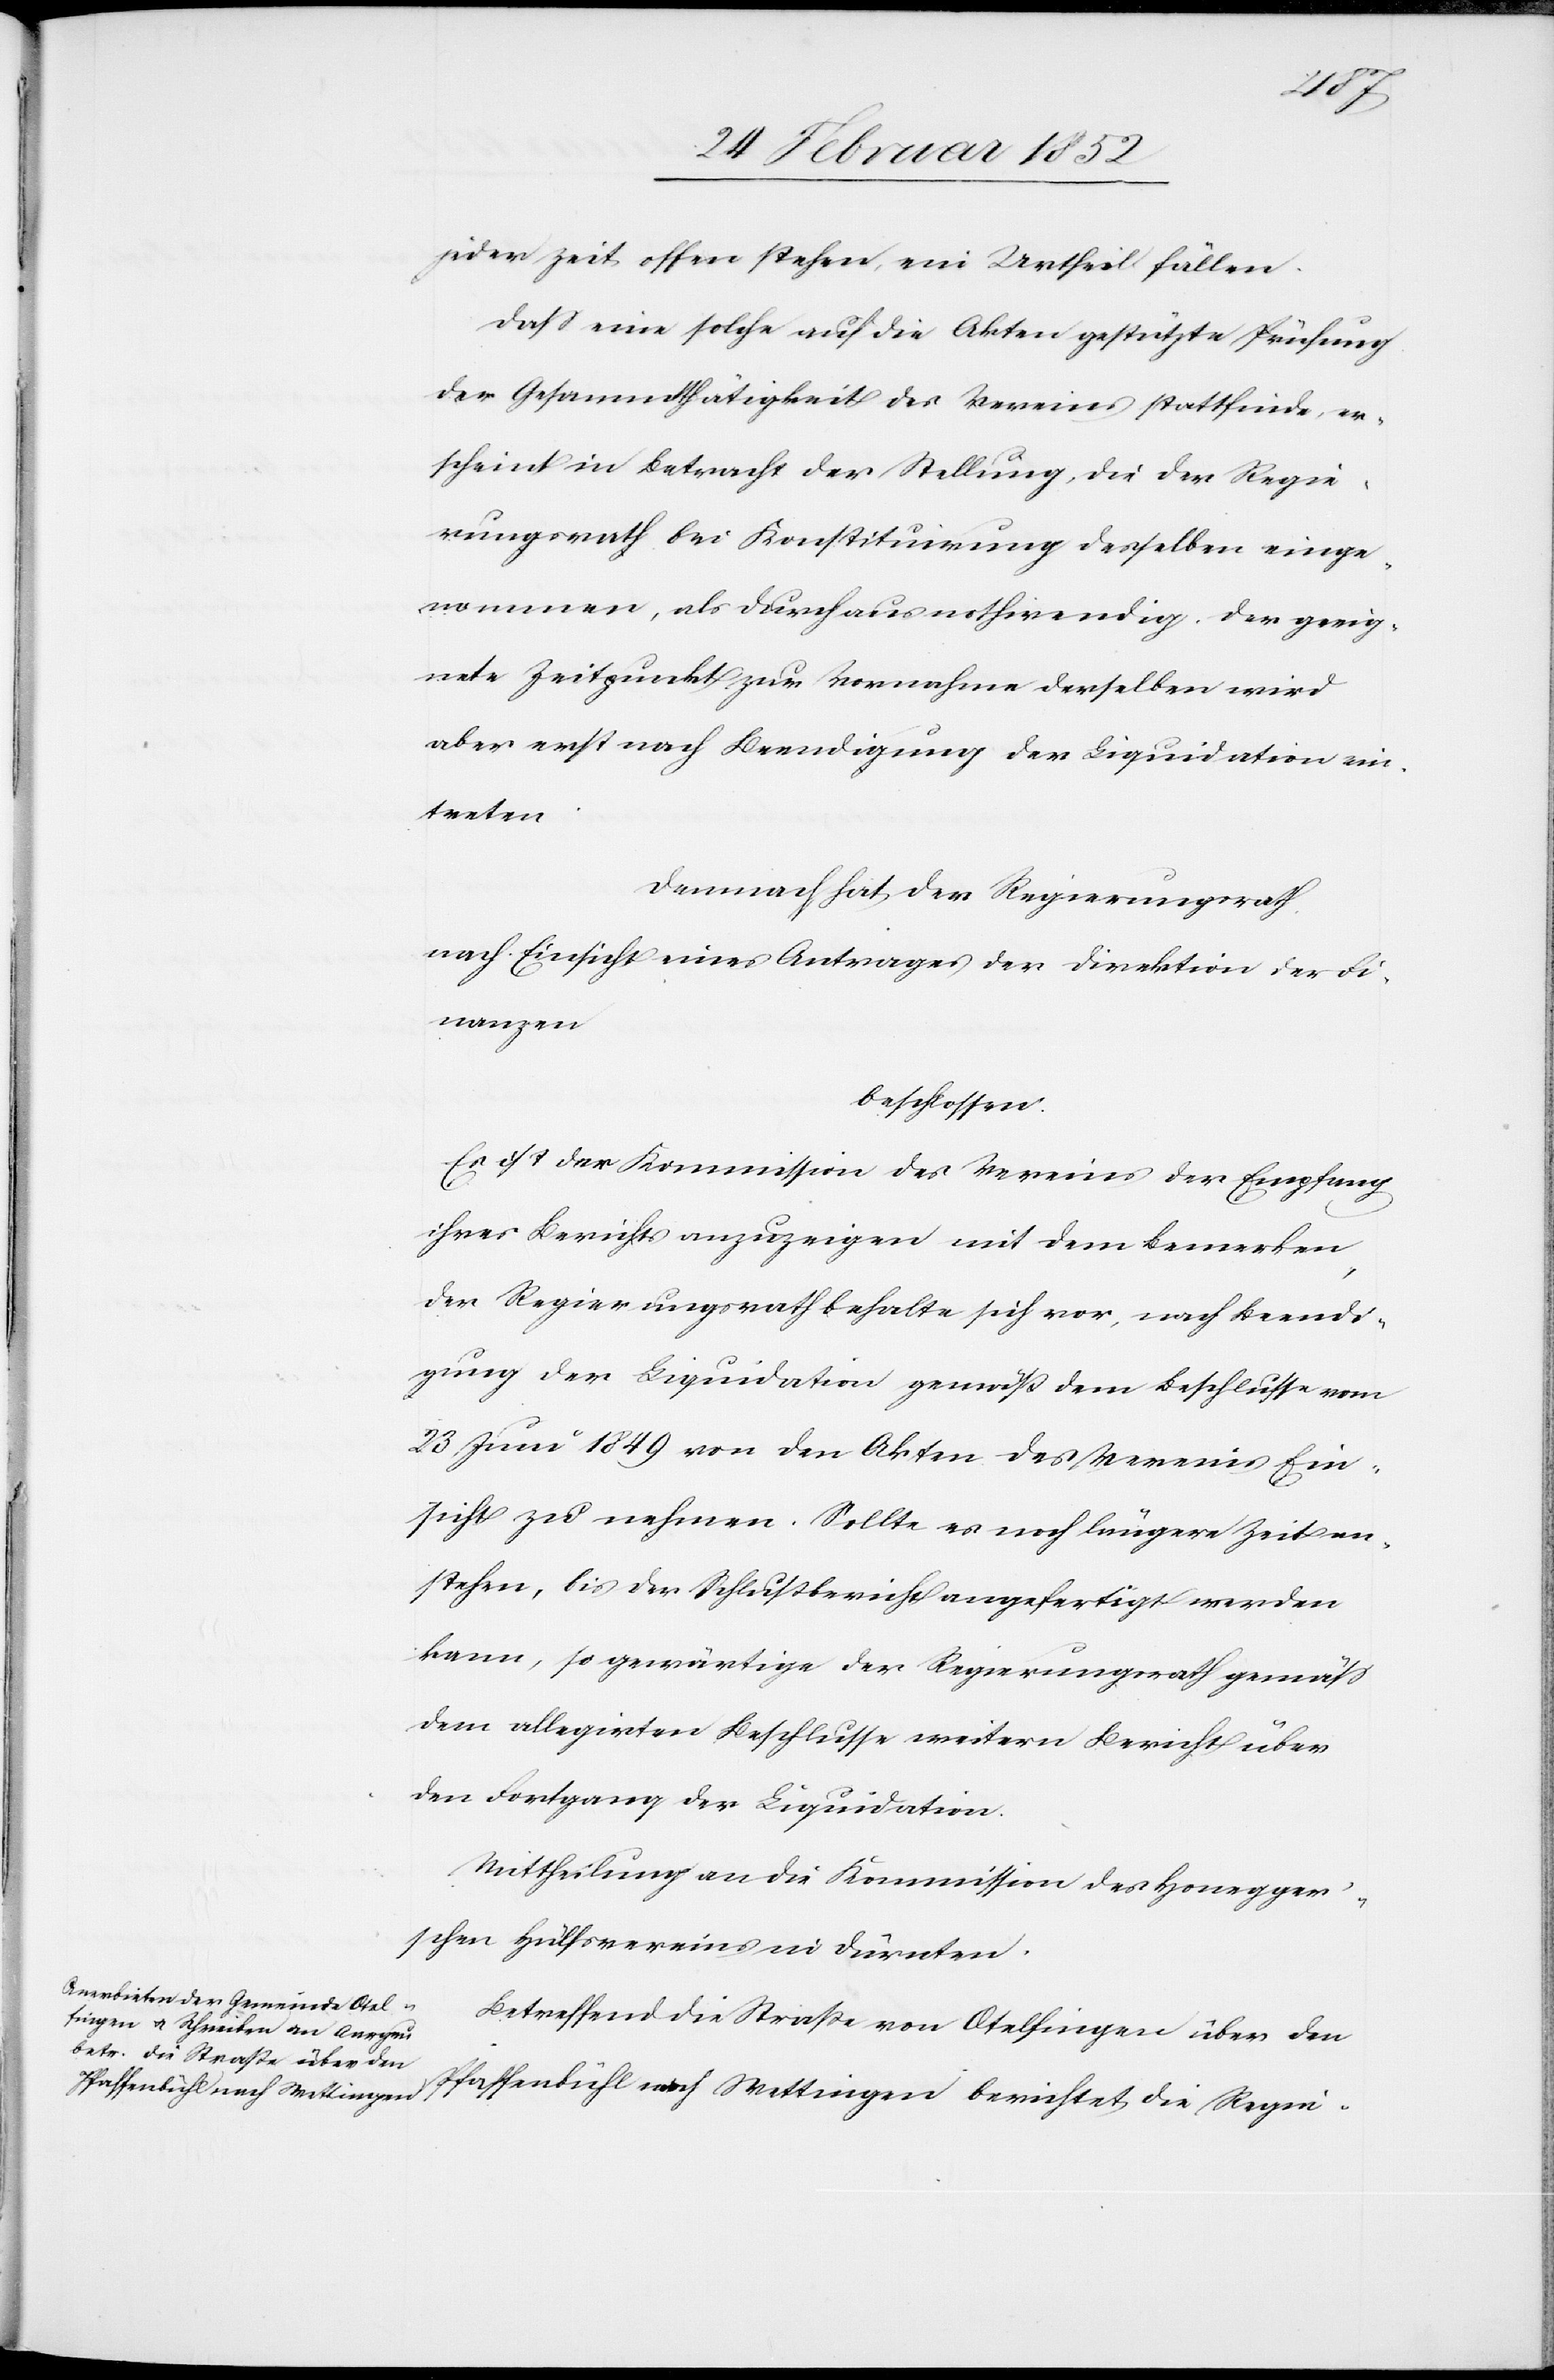
jeder Zeit offen stehen, ein Urtheil fällen.
Daß eine solche auf die Akten gestützte Prüfung
der Gesammtthätigkeit des Vereines stattfinde, er¬
scheint in Betracht der Stellung, die der Regie¬
rungsrath bei Konstituirung desselben einge¬
nommen, als durchaus nothwendig. Der geeig¬
nete Zeitpunkt zur Vornahme derselben wird
aber erst nach Beendigung der Liquidation ein¬
treten.
Demnach hat der Regierungsrath
nach Einsicht eines Antrages der Direktion der Fi¬
nanzen
beschlossen.
Es ist der Kommission des Vereins der Empfang
ihres Berichts anzuzeigen mit dem Bemerken
der Regierungsrath behalte sich vor, nach Beendi¬
gung der Liquidation gemäß dem Beschlusse vom
23 Juni 1849 von den Akten des Vereins Ein¬
sicht zu nehmen. Sollte es noch längere Zeit an¬
stehen, bis der Schlußbericht angefertigt werden
kann, so gewärtige der Regierungsrath gemäß
dem allegirten Beschlusse weitern Bericht über
den Fortgang der Liquidation.
Mittheilung an die Kommission des Honegger’s¬
chen Hülfsvereines Dürnten.
Betreffend die Straße von Otelfingen über den
Pfaffenbühl nach Wettingen berichtet die Regie-